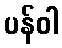
ပန်ဝါ